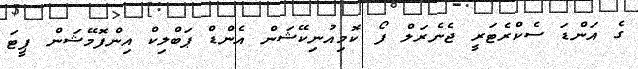
ގެ އަންޑަ ސެކްރެޓަރީ ޖެނެރަލް ފޯ ކޮމިއުނިކޭޝަން އެންޑް ޕަބްލިކް އިންފޮމޭޝަން ޕީޓަ